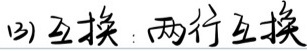
(3) 互换：两行互换